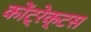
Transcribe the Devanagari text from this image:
कोंट्रेक्टस